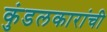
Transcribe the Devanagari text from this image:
कुंडलकारांची